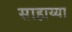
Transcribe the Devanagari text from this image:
साहाय्या